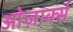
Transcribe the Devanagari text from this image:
ओज़ार्क्स